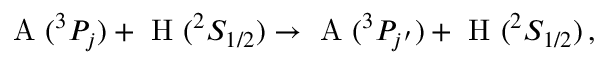
\textrm { A } ( ^ { 3 } P _ { j } ) + \textrm { H } ( ^ { 2 } S _ { 1 / 2 } ) \rightarrow \textrm { A } ( ^ { 3 } P _ { j ^ { \prime } } ) + \textrm { H } ( ^ { 2 } S _ { 1 / 2 } ) \, ,